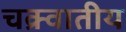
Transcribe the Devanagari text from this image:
चक्र्वातीय